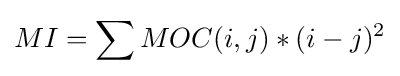
MI=\sum {MOC(i,j)*(i-j)^{2}}\,\!